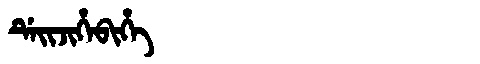
Manchu: ᡩᡝᡳᠵᡳᡥᡝᠪᡳᡥᡝ
Romanization: DEIJIHEBIHE